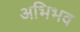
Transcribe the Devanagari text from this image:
अभिभव